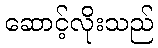
ဆောင့်လိုးသည်